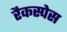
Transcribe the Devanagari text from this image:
रैकस्पेस